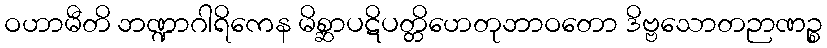
ဝဟာမီတိ ဘဏ္ဍာဂါရိကေန မိစ္ဆာပဋိပတ္တိဟေတုဘာဝတော ဒိဗ္ဗသောတဉာဏဉ္စ